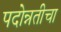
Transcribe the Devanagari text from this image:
पदोन्नतीचा